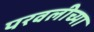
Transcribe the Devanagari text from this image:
परवलीच्या